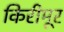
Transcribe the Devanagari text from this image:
किरीमूर